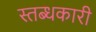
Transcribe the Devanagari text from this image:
स्तब्धकारी